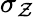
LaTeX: \sigma_{\mathcal{Z}}